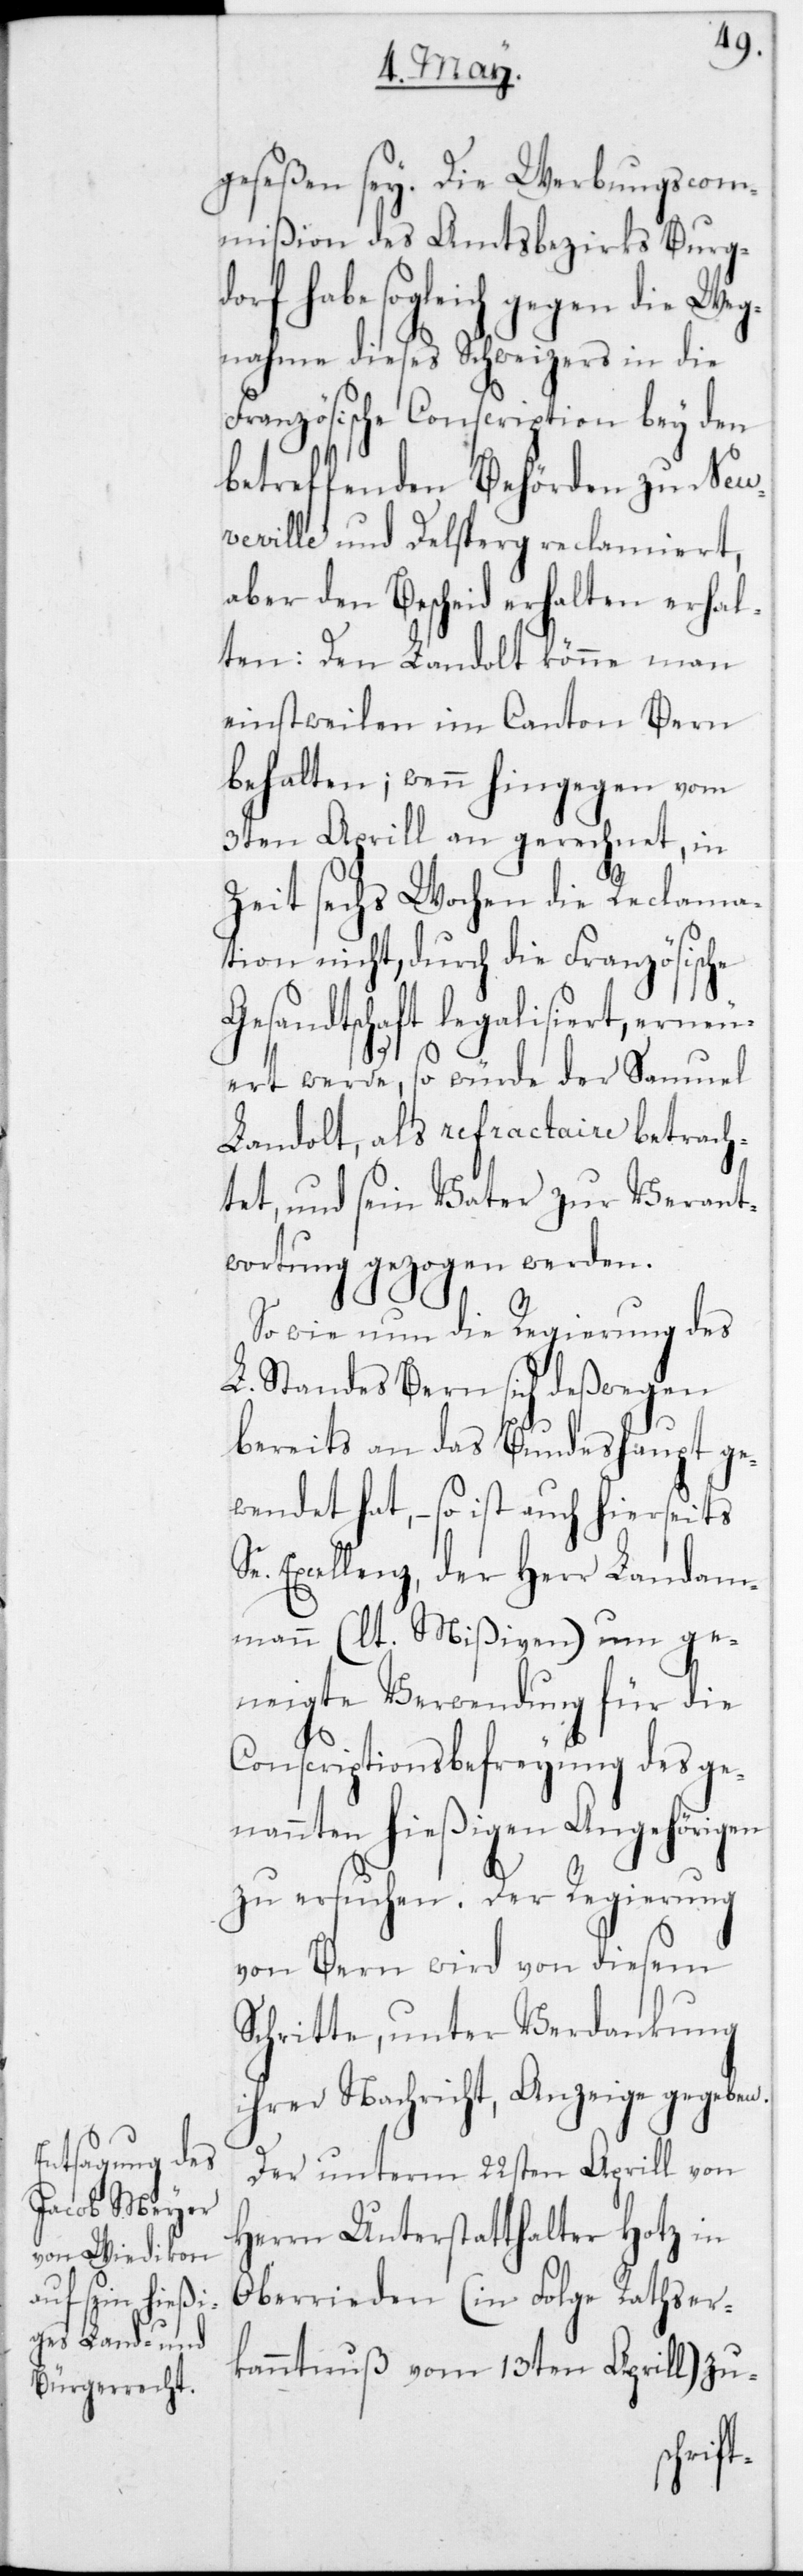
geseßen sey. Die Werbungscom¬
mißion des Amtsbezirks Burg¬
rf habe sogleich gegen die Weg¬
nahme dieses Schweizers in die
Französische Conscription bey den
betreffenden Behörden zu Neu¬
veville und Delsberg reclamiert,
aber den Bescheid erhal¬
ten: Den Landolt könne man
einstweilen im Canton Bern
behalten; wenn hingegen vom
3ten Aprill an gerechnet, in
Zeit sechs Wochen die Reclama¬
tion nicht, durch die Französische
Gesandtschaft legalisiert, erneu¬
do¬
eret werde, so würde der Samuel
Landolt, als refractaire betrach¬
tet, und sein Vater zur Verant¬
wortung gezogen werden.
So wie nun die Regierung des
L. Standes Bern sich deßwegen
bereits an das Bundeshaupt g¬
ewendet hat, – so ist auch hierseits
Excellenz, der Herr Landam¬
mann (lt. Mißiven) um ge¬
neigte Verwendung für die
Consriptionsbefreyung des ge¬
nannten hießigen Angehörigen
zu ersuchen. Der Regierung
von Bern wird von diesem
Schritte, unter Verdankung
ihrer Nachricht, Anzeige gegeben.
Der unterm 22sten Aprill von
Herrn Unterstatthalter Hotz in
Oberrieden (in Folge Rathser¬
kanntnuß vom 13ten Aprill) zu-